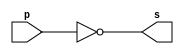
//--------------------------------------
//Exemplo0002 - NOT
//Nome: Guilherme Diniz de Assumpcao
//Matrcula: 462269
//---------------------------------------

//------------------
//-- not gate
//------------------

module notgate(output s, input p);
	assign s = ~p;
endmodule //notgate

//----------------
//-- test not gate
//----------------

module testnotgate;
//------------- dados locais
	reg a; //definir registrador
				//(varivel independente)
	wire s; //definir conexo(fio)
				//(varivel dependente)

//------------------- instancia
	notgate NOT1(s,a);
//-------------------- preparao
	initial begin:start
		a=0; //valor inicial
	end
//--------------------- parte principal
	initial begin
		$display("Exemplo0002 - Guilherme Diniz de Assumpcao  - 462269");
		$display("Test NOT gate");
		$display("\n~a = s\n");
		a=0;
		#1	$display("~%b = %b",s,a);
			a=1;
		#1 $display("~%b = %b",s,a);
	end

endmodule //testnotgate